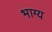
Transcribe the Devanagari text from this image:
भाग्‍य